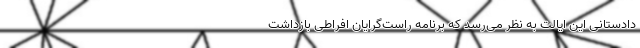
دادستانی این ایالت به نظر می‌رسد که برنامه راست‌گرایان افراطی بازداشت